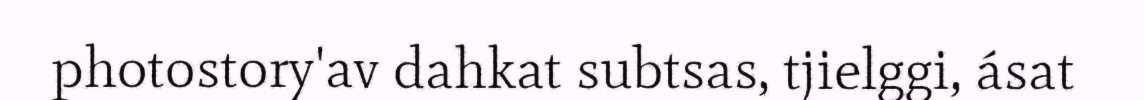
photostory'av dahkat subtsas, tjielggi, ásat